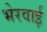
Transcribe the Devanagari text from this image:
भेरवाई